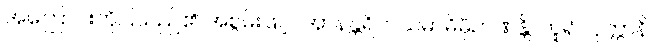
အကြောင်းကိုပြသည်၏ အစွမ်းဖြင့်။ အာနန္တရိကသမာဓိမှိဉာဏန္တိ၊ ဟူ၍။ ဝုတ္တာနိ၊